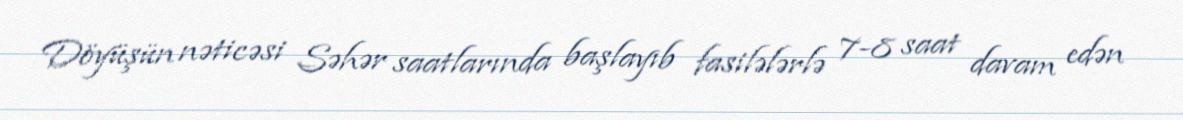
Döyüşün nəticəsi Səhər saatlarında başlayıb fasilələrlə 7-8 saat davam edən